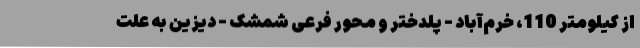
از کیلومتر 110، خرم‌آباد - پلدختر و محور فرعی شمشک - دیزین به علت